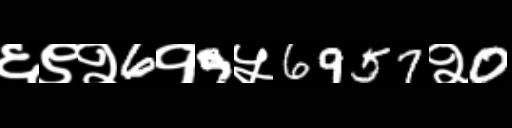
Text: ६९२6१9५6957२0